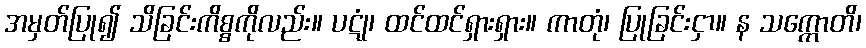
အမှတ်ပြု၍ သိခြင်းကိစ္စကိုလည်း။ ပဋုံ၊ ထင်ထင်ရှားရှား။ ကာတုံ၊ ပြုခြင်းငှာ။ န သက္ကောတိ၊